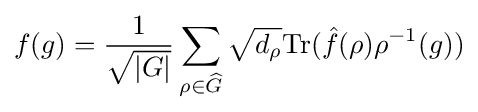
f(g)={\frac {1}{\sqrt {|G|}}}\sum _{\rho \in {\widehat {G}}}{\sqrt {d_{\rho }}}\mathrm {Tr} ({\hat {f}}(\rho )\rho ^{-1}(g))